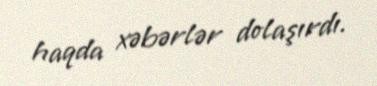
haqda xəbərlər dolaşırdı.